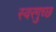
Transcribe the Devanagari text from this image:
स्वरगुच्छ